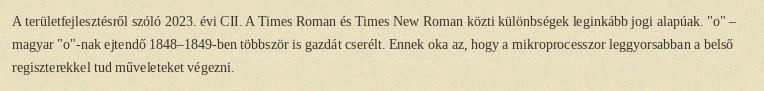
A területfejlesztésről szóló 2023. évi CII. A Times Roman és Times New Roman közti különbségek leginkább jogi alapúak. "o" – magyar "o"-nak ejtendő 1848–1849-ben többször is gazdát cserélt. Ennek oka az, hogy a mikroprocesszor leggyorsabban a belső regiszterekkel tud műveleteket végezni.